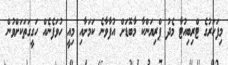
މިފަހަރުގެ ޓްރިބިއުޓާ މެދު ޕްރިޔަންކާ މާބޮޑަށް އުފާވާނެ ކަމަށާއި މިއީ ހުވަފެނެއް ހަގީގަތަކަށްވުން